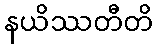
နယိဿတီတိ